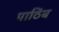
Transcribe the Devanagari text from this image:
पाठिंब